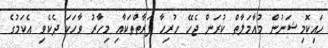
ހައިކޮމިޝަނުން މުއާމަލާތް ކުރަން ޖެހޭ ހުރިހާ ފަރާތްތަކާއި މިހާރު ވާހަކަ ދެކެވި އެކަމުގެ